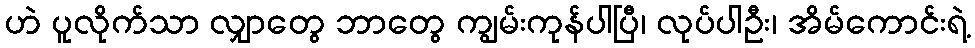
ဟဲ ပူလိုက်သာ လျှာတွေ ဘာတွေ ကျွမ်းကုန်ပါပြီ၊ လုပ်ပါဦး၊ အိမ်ကောင်းရဲ့